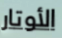
الأوتار